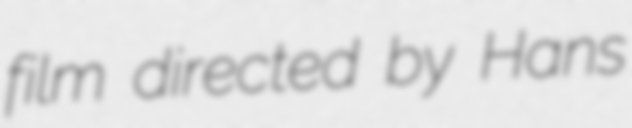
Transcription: film directed by Hans